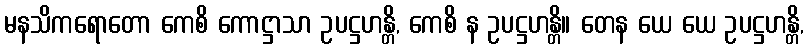
မနသိကရောတော ကေစိ ကောဋ္ဌာသာ ဥပဋ္ဌဟန္တိ, ကေစိ န ဥပဋ္ဌဟန္တိ။ တေန ယေ ယေ ဥပဋ္ဌဟန္တိ,